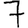
Digit: 7